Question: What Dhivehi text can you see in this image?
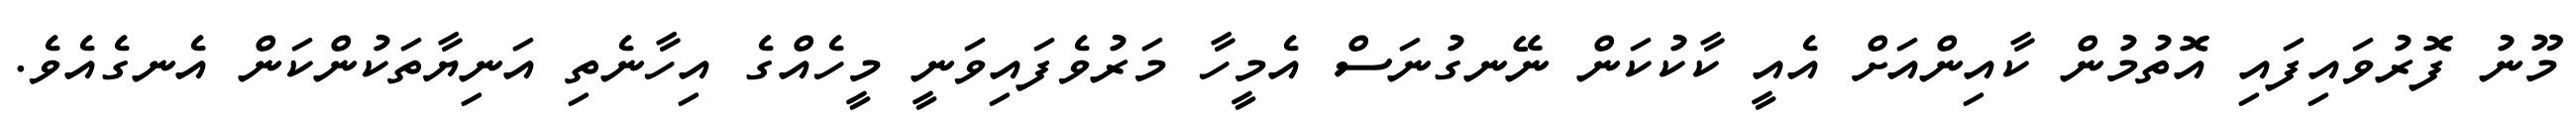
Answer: މޫނު ފޮރުވައިފައި އޮތުމުން ކާއިންއަށް އެއީ ކާކުކަން ނޭނގުނަސް އެމީހާ މަރުވެފައިވަނީ މީހެއްގެ އިހާނެތި އަނިޔާތަކުންކަން އެނގެއެވެ.